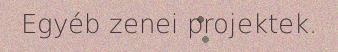
Egyéb zenei projektek.